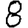
Digit: 8